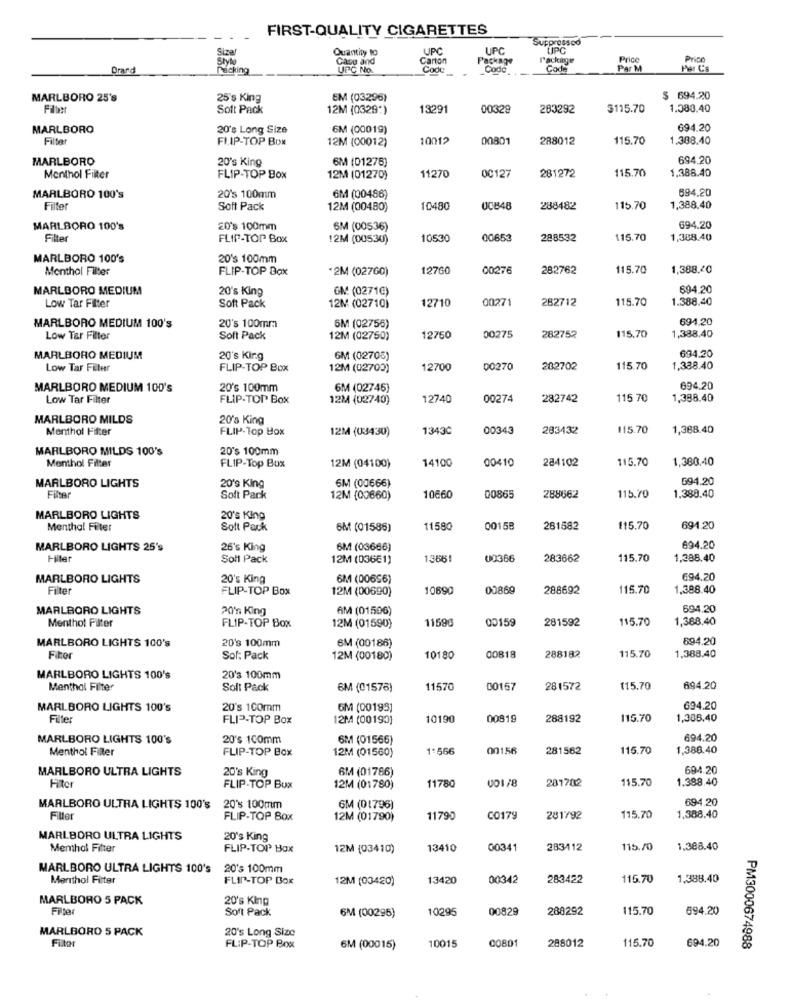
FIRST-QUALITY CIGARETTES
Suppressed
Sizer
Quantity to
UPC
UPC
LIPC
Style
Case and
Cartor
Package
Tackinge
Price
Prico
Drard
Racking
UPC No.
Cook
Code
Code
Par M
Per C's
MARLBORO 25's
25's King
EM (03296)
$ 694.20
Filter
Soft Pack
12M (0329*)
13291
00329
283292
$115.70
1.080,40
MARLBORO
20's Long Size
6M (00019)
694.20
Filter
FLIP-TOP BOX
12M (00012)
10012
00801
288012
115.70
1.388.40
MARLBORO
20's King
6M (01275)
694.20
11270
0C127
281272
115.70
Menthol Filter
FLIP-TOP Box
12M (01270)
1,388.40
694.20
MARLBORO 100's
20's 100mm
6M (00486)
Filter
Soft Pack
12M (00480)
10480
UCB48
288482
115.70
1,388.40
MARLBORO 100's
20's 100mm
6M (00536)
694.20
Filter
FLIP-TOP Box
12M (00530)
10530
00653
288532
115.70
1,388.40
MARLBORO 100's
20's 100mm
Menthol Filter
FLIP-TOP Box
*2M (02760)
12760
00276
282762
115.70
1,388.20
MARLBORO MEDIUM
20's King
GM (0271€)
694.20
Low Tar Filter
12710
00271
282712
115.70
1.388,40
Soft Pack
12M (02710)
694.20
MARLBORO MEDIUM 100's
20's 100mm
5M (02755)
Low Tar Filter
Soft Pack
12M (02750)
12750
00275
282752
115,70
1,388.40
694.20
MARLBORO MEDIUM
20's King
GM (02705)
Low Tar Filter
FLIP-TOP Box
12M (02700)
12700
00270
282702
115.70
1,338.40
MARLBORO MEDIUM 100's
20's 100mm
6M (02745)
694.20
Low Tar Filter
FLIP-TOP Box
12M (02740)
12740
00274
282742
115 70
1,398.40
MARLBORO MILDS
20's King
Menthol Filter
FLIP-Top Box
12M (03430)
13430
00343
283432
115.70
1,368.40
MARLBORO MILDS 100's
20's 100mm
14100
00410
284102
115.70
1,380,40
Menthol Filter
FLIP-Top Box
12M (04100)
6M (00666)
694.20
MARLBORO LIGHTS
20's King
Filter
Soft Pack
12M (00660)
10660
00865
288662
115.70
1.388.40
MARLBORO LIGHTS
20's King
Menthol Filter
Soft Pack
SM (01588)
11580
00158
261582
115.70
694.20
694.20
MARLBORO LIGHTS 25's
26's King
6M (03666)
Filter
Soll Pack
12M (036E1)
1386
00366
283662
115.70
1,388.40
MARLBORO LIGHTS
20's King
6M (00656)
694.20
Filter
FLIP-TOP Box
12M (00690)
10690
00869
288692
115.70
1.388.40
MARLBORO LIGHTS
6M (01506)
694.20
Menthol Filter
20's King
1159
00159
281592
115.70
1,388.40
FLIP-TOP Box
12M (01590)
MARLBORO LIGHTS 100's
20's 100mm
6M (00186)
894.20
1,388.40
Fitter
Sol: Pack
12M (00180)
10180
00818
288182
115.70
MARLBORO LIGHTS 100's
20's 100mm
Menthol Filter
Solt Pack
6M (01576)
11570
00167
281572
115.70
694.20
MARLBORO LIGHTS 100's
20's 100mm
6M (00193]
694.20
Filter
FLIP-TOP Box
12M (00190]
10190
00819
288192
115.70
1,386.40
MARLBORO LIGHTS 100's
20's 100mm
6M (01566)
694.20
Menthol Filler
FLIP-TOP Box
1:566
00156
281562
115.70
1,388.40
12M (01560)
MARLBORO ULTRA LIGHTS
20's King
6M (01786)
694.20
Filter
11780
001/8
281702
115.70
1.388.40
FLIP-TOP Bux
12M (01780)
694.20
MARLBORO ULTRA LIGHTS 100's
20's 100mm
6M (01796)
Fille
FLIP-TOP Box
12M (01790)
11790
CO179
281792
115.70
1.388.40
MARLBORO ULTRA LIGHTS
20's King
Menthol Filter
FLIP-TOP Box
12M (03410)
13410
00341
283112
115./0
1.388.40
MARLBORO ULTRA LIGHTS 100's
20's 100mm
Menthol Fitter
FLIP-TOP BOX
12M (03420)
13420
00342
283422
115.70
1.388.40
MARLBORO 5 PACK
20's King
Filter
6M (00295)
10295
00829
288292
115.70
694.20
Soft Pack
MARLBORO 5 PACK
20's Long Size
Filter
1001
00801
288012
115.70
694.20
FLIP-TOP Box
6M (00015)
PM3000674988